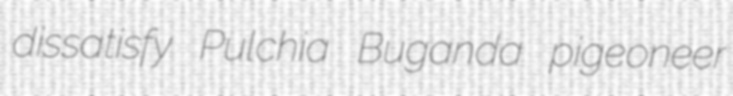
dissatisfy Pulchia Buganda pigeoneer